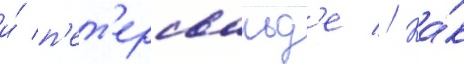
и́ п'ет'ерсвальд'е // Ка́к